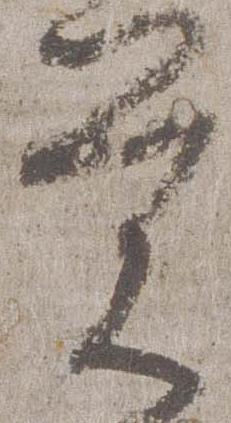
覚